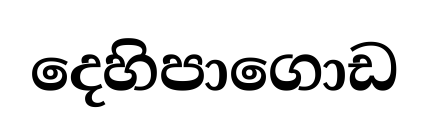
දෙහිපාගොඩ